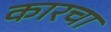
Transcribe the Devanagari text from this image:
कारचा